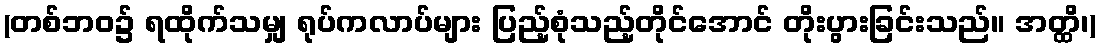
(တစ်ဘဝ၌ ရထိုက်သမျှ ရုပ်ကလာပ်များ ပြည့်စုံသည့်တိုင်အောင် တိုးပွားခြင်းသည်။ အတ္ထိ၊)